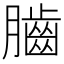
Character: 𦢠